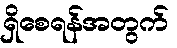
ရှိစေရန်အတွက်